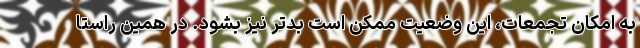
به امکان تجمعات، این وضعیت ممکن است بدتر نیز بشود. در همین راستا